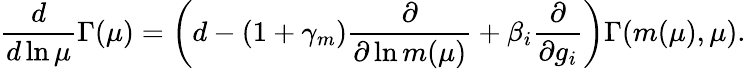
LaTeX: \frac{d}{d\ln\mu}\Gamma(\mu)=\left(d-(1+\gamma_{m})\frac{\partial}{\partial\ln m(\mu)}+\beta_{i}\frac{\partial}{\partial g_{i}}\right)\Gamma(m(\mu),\mu).